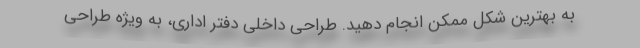
به بهترین شکل ممکن انجام دهید. طراحی داخلی دفتر اداری، به ویژه طراحی